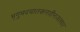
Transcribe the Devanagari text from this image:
भृगुभवचातकनवीनजलधर